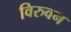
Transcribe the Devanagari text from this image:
विरुवन